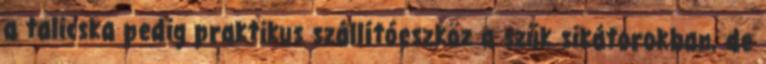
a talicska pedig praktikus szállítóeszköz a szűk sikátorokban, de